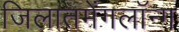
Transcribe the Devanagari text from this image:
जिलातमेंगलॉन्ग